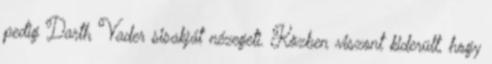
pedig Darth Vader sisakját nézegeti. Közben viszont kiderült, hogy